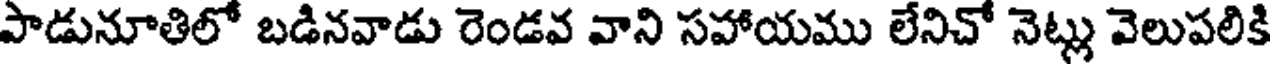
పాడునూతిలో బడినవాడు రెండవ వాని సహాయము లేనిచో నెట్లు వెలుపలికి